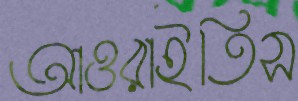
আওরাইতিস